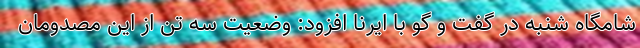
شامگاه شنبه در گفت و گو با ایرنا افزود: وضعیت سه تن از این مصدومان